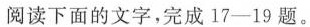
阅读下面的文字，完成17-19题。